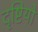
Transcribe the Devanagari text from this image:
दृष्टियो